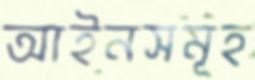
আইনসমূহ